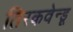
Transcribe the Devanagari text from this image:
तिरकवेन्डू